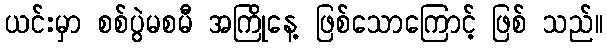
ယင်းမှာ စစ်ပွဲမစမီ အကြိုနေ့ ဖြစ်သောကြောင့် ဖြစ် သည်။